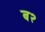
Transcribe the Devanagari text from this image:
ब२